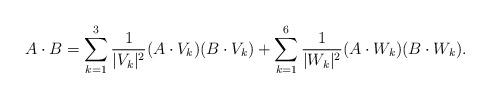
LaTeX: \begin{align*}A\cdot B=\sum_{k=1}^3\frac{1}{|V_k|^2}(A\cdot V_k)(B\cdot V_k)+\sum_{k=1}^6\frac{1}{|W_k|^2}(A\cdot W_k)(B\cdot W_k).\end{align*}